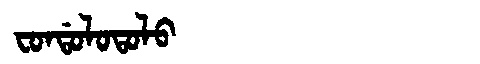
Manchu: ᠸᠣᠨᡩᠣᠯᠣᡨᠣᠯᠣ
Romanization: FONDOLOTOLO